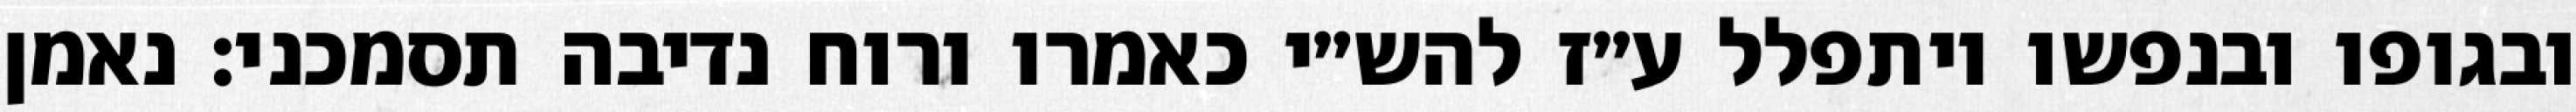
ובגופו ובנפשו ויתפלל ע״ז להש״י כאמרו ורוח נדיבה תסמכני: נאמן